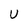
Character: U